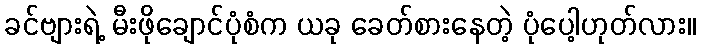
ခင်ဗျားရဲ့ မီးဖိုချောင်ပုံစံက ယခု ခေတ်စားနေတဲ့ ပုံပေါ့ဟုတ်လား။